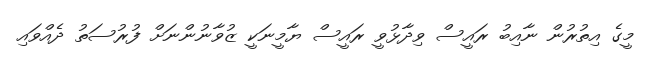
މީގެ އިތުރުން ނާއިބު ރައީސް ވިދާޅުވީ ރައީސް ޔާމީނަކީ ޒުވާނުންނަށް ފުރުސަތު ދެއްވައި